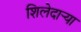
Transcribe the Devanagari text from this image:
शिलेदार्‍या